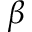
\beta